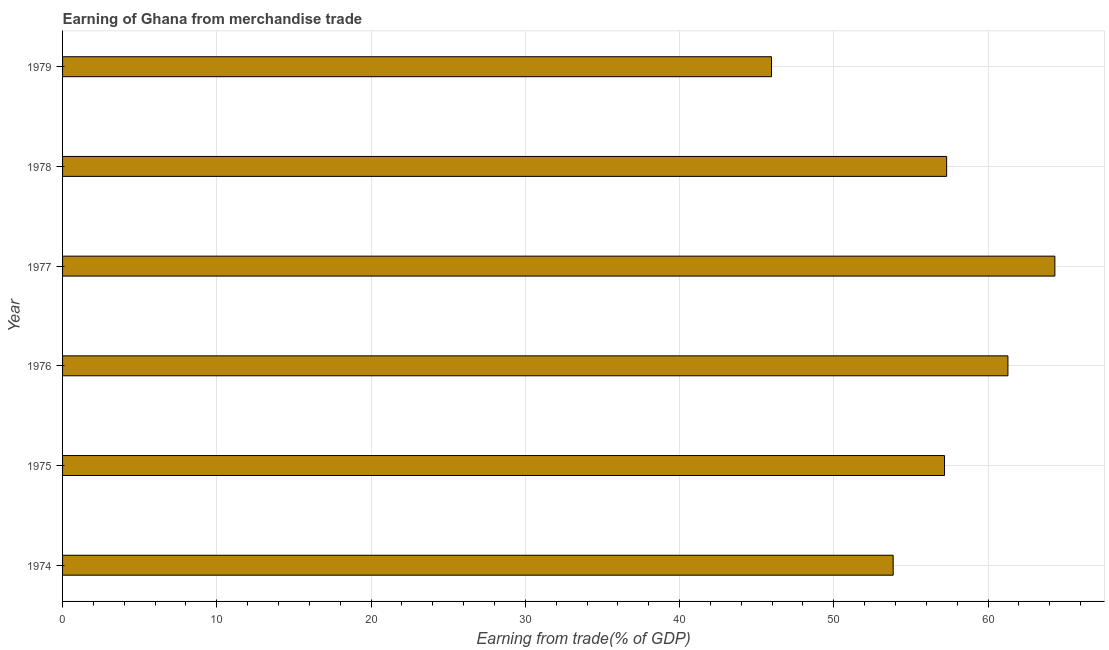
| Year | Merchandise trade |
 | --- | --- |
 | 1974 | 53.8 |
 | 1975 | 57.2 |
 | 1976 | 61.3 |
 | 1977 | 64.3 |
 | 1978 | 57.3 |
 | 1979 | 46 |